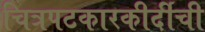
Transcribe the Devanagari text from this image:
चित्रपटकारकीर्दीची